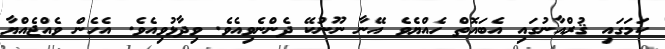
ކަމަގައި ޤުރްއާނުގައި އެބައޮތް ހެއްޔެވެ އޭނާ ނޫނުކޭ ދެންނެވިއެވެ. ވިދާޅުވިއެވެ. އެހެން ވެއްޖެއްޔާ